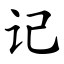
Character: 记